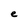
Character: e